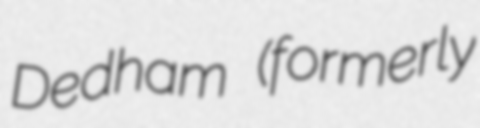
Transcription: Dedham (formerly